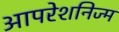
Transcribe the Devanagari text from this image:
आपरेशनिज्म